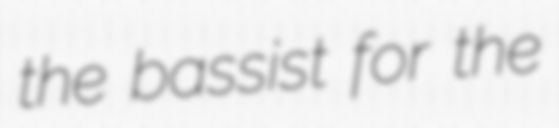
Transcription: the bassist for the